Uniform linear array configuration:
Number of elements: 32
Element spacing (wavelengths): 1
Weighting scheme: cosine
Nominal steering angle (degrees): -15
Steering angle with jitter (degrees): -16.505
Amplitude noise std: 0.05
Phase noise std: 0.05

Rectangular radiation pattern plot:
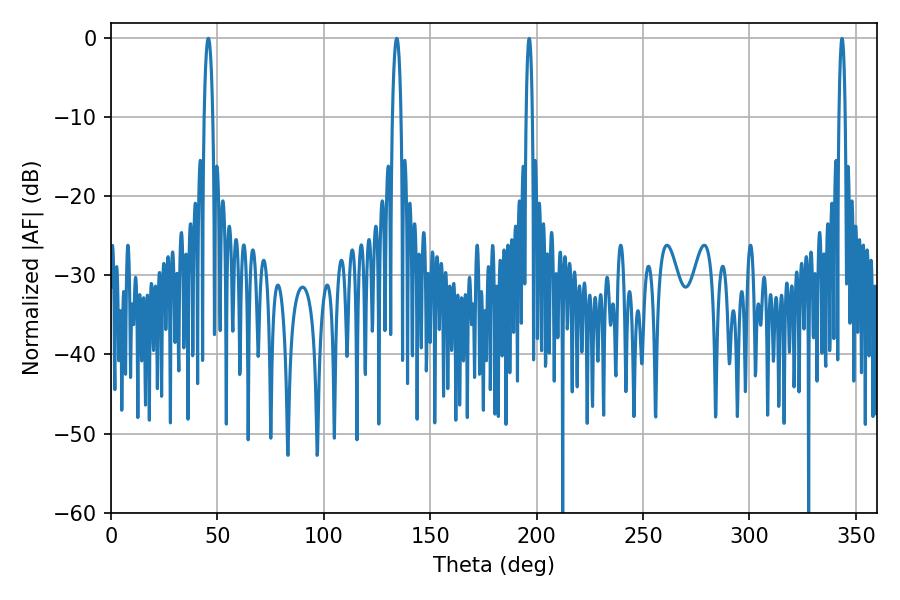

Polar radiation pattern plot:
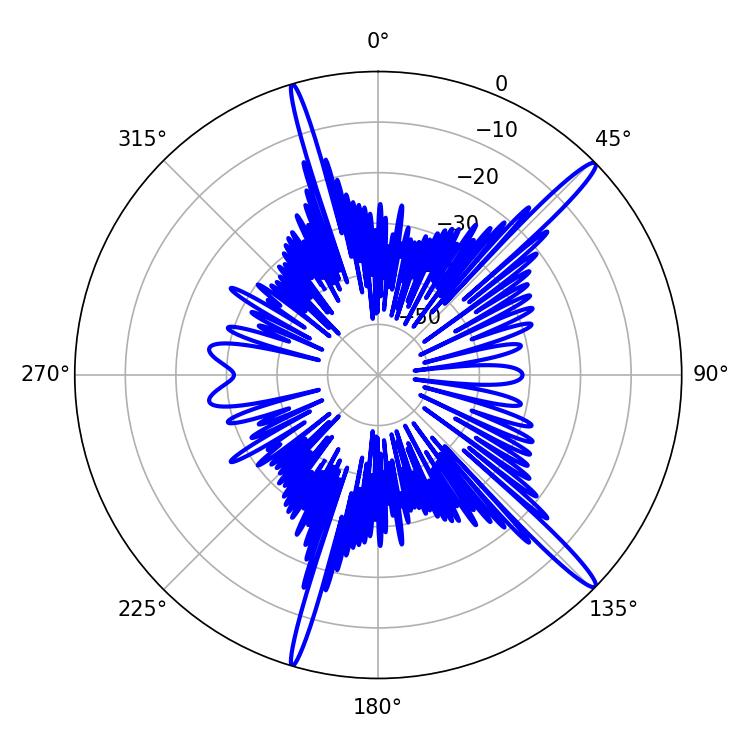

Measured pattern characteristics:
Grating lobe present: TRUE
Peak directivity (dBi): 16.452
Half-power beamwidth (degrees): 2.16
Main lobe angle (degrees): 45.72